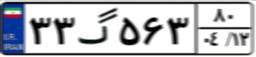
۳۳گ۵۶۳۸۰